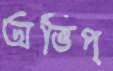
অভিপ্